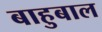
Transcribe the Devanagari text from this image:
बाहुबाल